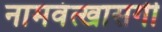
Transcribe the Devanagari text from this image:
नामवंत्खासगी